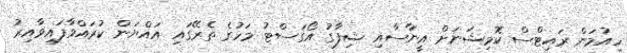
ހިއުމަން ރައިޓްސް ކޮމިޝަނަށް އީނާސާއި ޝިފާގު އޯގަސްޓު މަހުގެ ތެރޭގައި އައްޔަން ކުރައްވާފައިވާއިރު